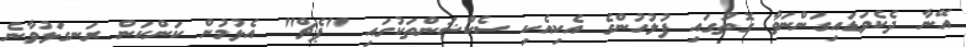
އޭނާ ދެކެވަޑައިގަންނަވާ ގޮތުގައި ފުލުހުންގެ އެކިއެކި ސެކްޝަންތަކުގައި "ޕެޗް" އެޅުމުން ކަންކަން ރަނގަޅުވާނެ